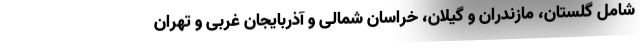
شامل گلستان، مازندران و گیلان، خراسان شمالی و آذربایجان غربی و تهران